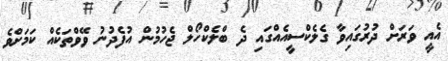
އެއީ ވަރަށް ދުރުގައިވާ ގެލެކްސީއެއްގައި ދެ ބްލެކްހޯލް ޖެހުމުން އުފެދުނު ވޭވްތަކެއް ކަމަށްވެ